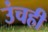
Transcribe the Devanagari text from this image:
उंचही